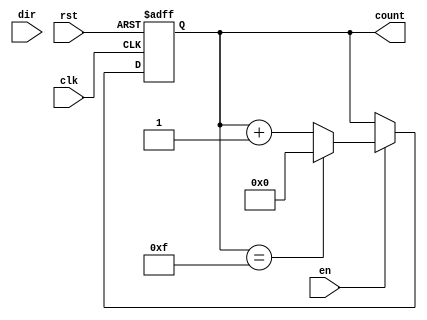
module parameterized_counter #(
    parameter WIDTH = 4,            // Width of the counter (number of bits)
    parameter COUNT_MODE = "UP"     // Counting mode: "UP", "DOWN", or "UP_DOWN"
)(
    input wire clk,                 // Clock signal
    input wire rst,                 // Asynchronous reset
    input wire en,                  // Enable signal
    input wire dir,                 // Direction signal (1 for up, 0 for down)
    output reg [WIDTH-1:0] count    // Current count value
);

    // Internal signal to hold the next count value
    reg [WIDTH-1:0] next_count;

    // Always block for synchronous logic
    always @(posedge clk or posedge rst) begin
        if (rst) begin
            count <= 0;               // Reset the counter to 0
        end else if (en) begin
            count <= next_count;      // Update the counter with the next count value
        end
    end

    // Combinational logic to determine the next count value
    always @(*) begin
        case (COUNT_MODE)
            "UP": begin
                if (count == {WIDTH{1'b1}}) // Check for overflow
                    next_count = 0;         // Wrap around
                else
                    next_count = count + 1; // Increment
            end
            "DOWN": begin
                if (count == 0)              // Check for underflow
                    next_count = {WIDTH{1'b1}}; // Wrap around
                else
                    next_count = count - 1;  // Decrement
            end
            "UP_DOWN": begin
                if (dir) begin // Count up
                    if (count == {WIDTH{1'b1}}) // Check for overflow
                        next_count = 0;         // Wrap around
                    else
                        next_count = count + 1; // Increment
                end else begin // Count down
                    if (count == 0)              // Check for underflow
                        next_count = {WIDTH{1'b1}}; // Wrap around
                    else
                        next_count = count - 1;  // Decrement
                end
            end
            default: begin
                next_count = count; // Default case (should not occur)
            end
        endcase
    end

endmodule